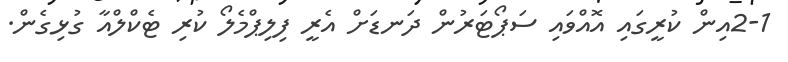
2-1އިން ކުރީގައި އޮއްވައި ސަޕޯޓަރުން ދަނޑަށް އެރީ ފިލިޕްމެލޯ ކުރި ޓެކްލްއާ ގުޅިގެން.